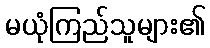
မယုံကြည်သူများ၏